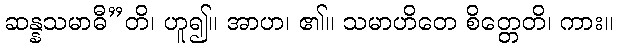
ဆန္နသမာဓီ”တိ၊ ဟူ၍။ အာဟ၊ ၏။ သမာဟိတေ စိတ္တေတိ၊ ကား။